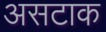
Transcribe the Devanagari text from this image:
असटाक